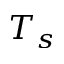
T _ { s }